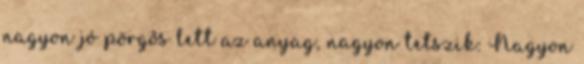
nagyon jó pörgős lett az anyag, nagyon tetszik: Nagyon